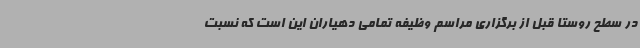
در سطح روستا قبل از برگزاری مراسم وظیفه تمامی دهیاران این است که نسبت